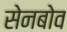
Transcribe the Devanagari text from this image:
सेनबोव